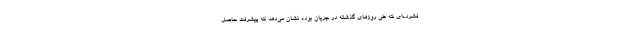
فشرده‌ای که طی روزهای گذشته در جریان بوده نشان می‌دهد که پیشرفت حاصل